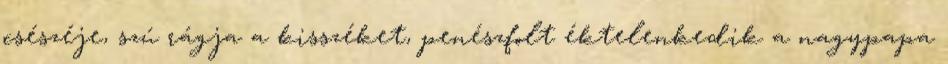
csészéje, szú rágja a kisszéket, penészfolt éktelenkedik a nagypapa